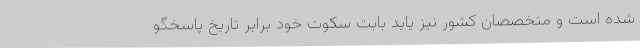
شده است و متخصصان کشور نیز یاید بابت سکوت خود برابر تاریخ پاسخگو